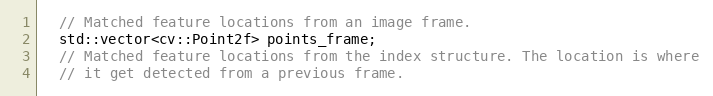
Language: C
  // Matched feature locations from an image frame.
  std::vector<cv::Point2f> points_frame;
  // Matched feature locations from the index structure. The location is where
  // it get detected from a previous frame.